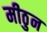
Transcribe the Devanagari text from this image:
मीठुन